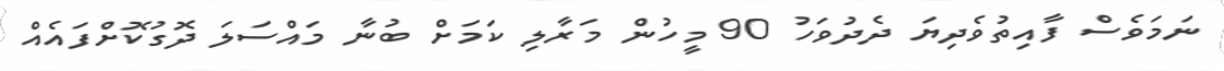
ނަމަވެސް ފާއިތުވެދިޔަ ދެދުވަހު 90 މީހުން މަރާލި ކަމަށް ބުނާ މައްސަަލަ ދޮގުކޮށްފައެއް